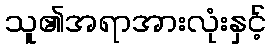
သူ၏အရာအားလုံးနှင့်